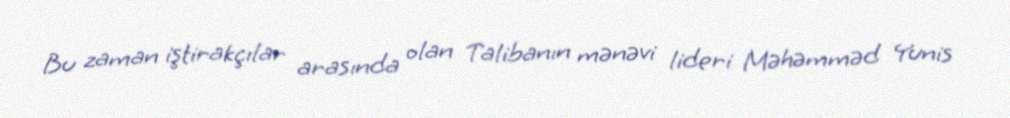
Bu zaman iştirakçılar arasında olan Talibanın mənəvi lideri Məhəmməd Yunis